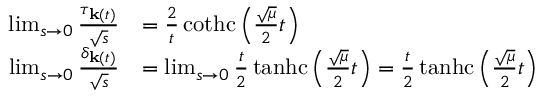
\begin{array} { r l } { \operatorname* { l i m } _ { s \rightarrow 0 } \frac { \tau _ { \mathbf { k } ( t ) } } { \sqrt { s } } } & { = \frac { 2 } { t } \operatorname { c o t h c } \left( \frac { \sqrt { \mu } } { 2 } t \right) } \\ { \operatorname* { l i m } _ { s \rightarrow 0 } \frac { \delta _ { \mathbf { k } ( t ) } } { \sqrt { s } } } & { = \operatorname* { l i m } _ { s \rightarrow 0 } \frac { t } { 2 } \operatorname { t a n h c } \left( \frac { \sqrt { \mu } } { 2 } t \right) = \frac { t } { 2 } \operatorname { t a n h c } \left( \frac { \sqrt { \mu } } { 2 } t \right) } \end{array}